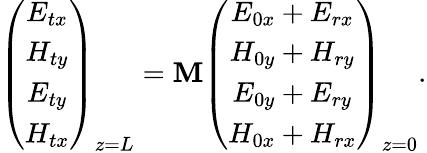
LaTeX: \left(\begin{array}{c}{E_{tx}}\\ {H_{ty}}\\ {E_{ty}}\\ {H_{tx}}\end{array}\right)_{z=L}=\mathbf M\left(\begin{array}{c}{E_{0x}+E_{rx}}\\ {H_{0y}+H_{ry}}\\ {E_{0y}+E_{ry}}\\ {H_{0x}+H_{rx}}\end{array}\right)_{z=0}.